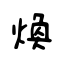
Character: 煥